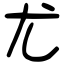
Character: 尤